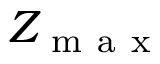
Z _ { \mathrm { ~ m ~ a ~ x ~ } }